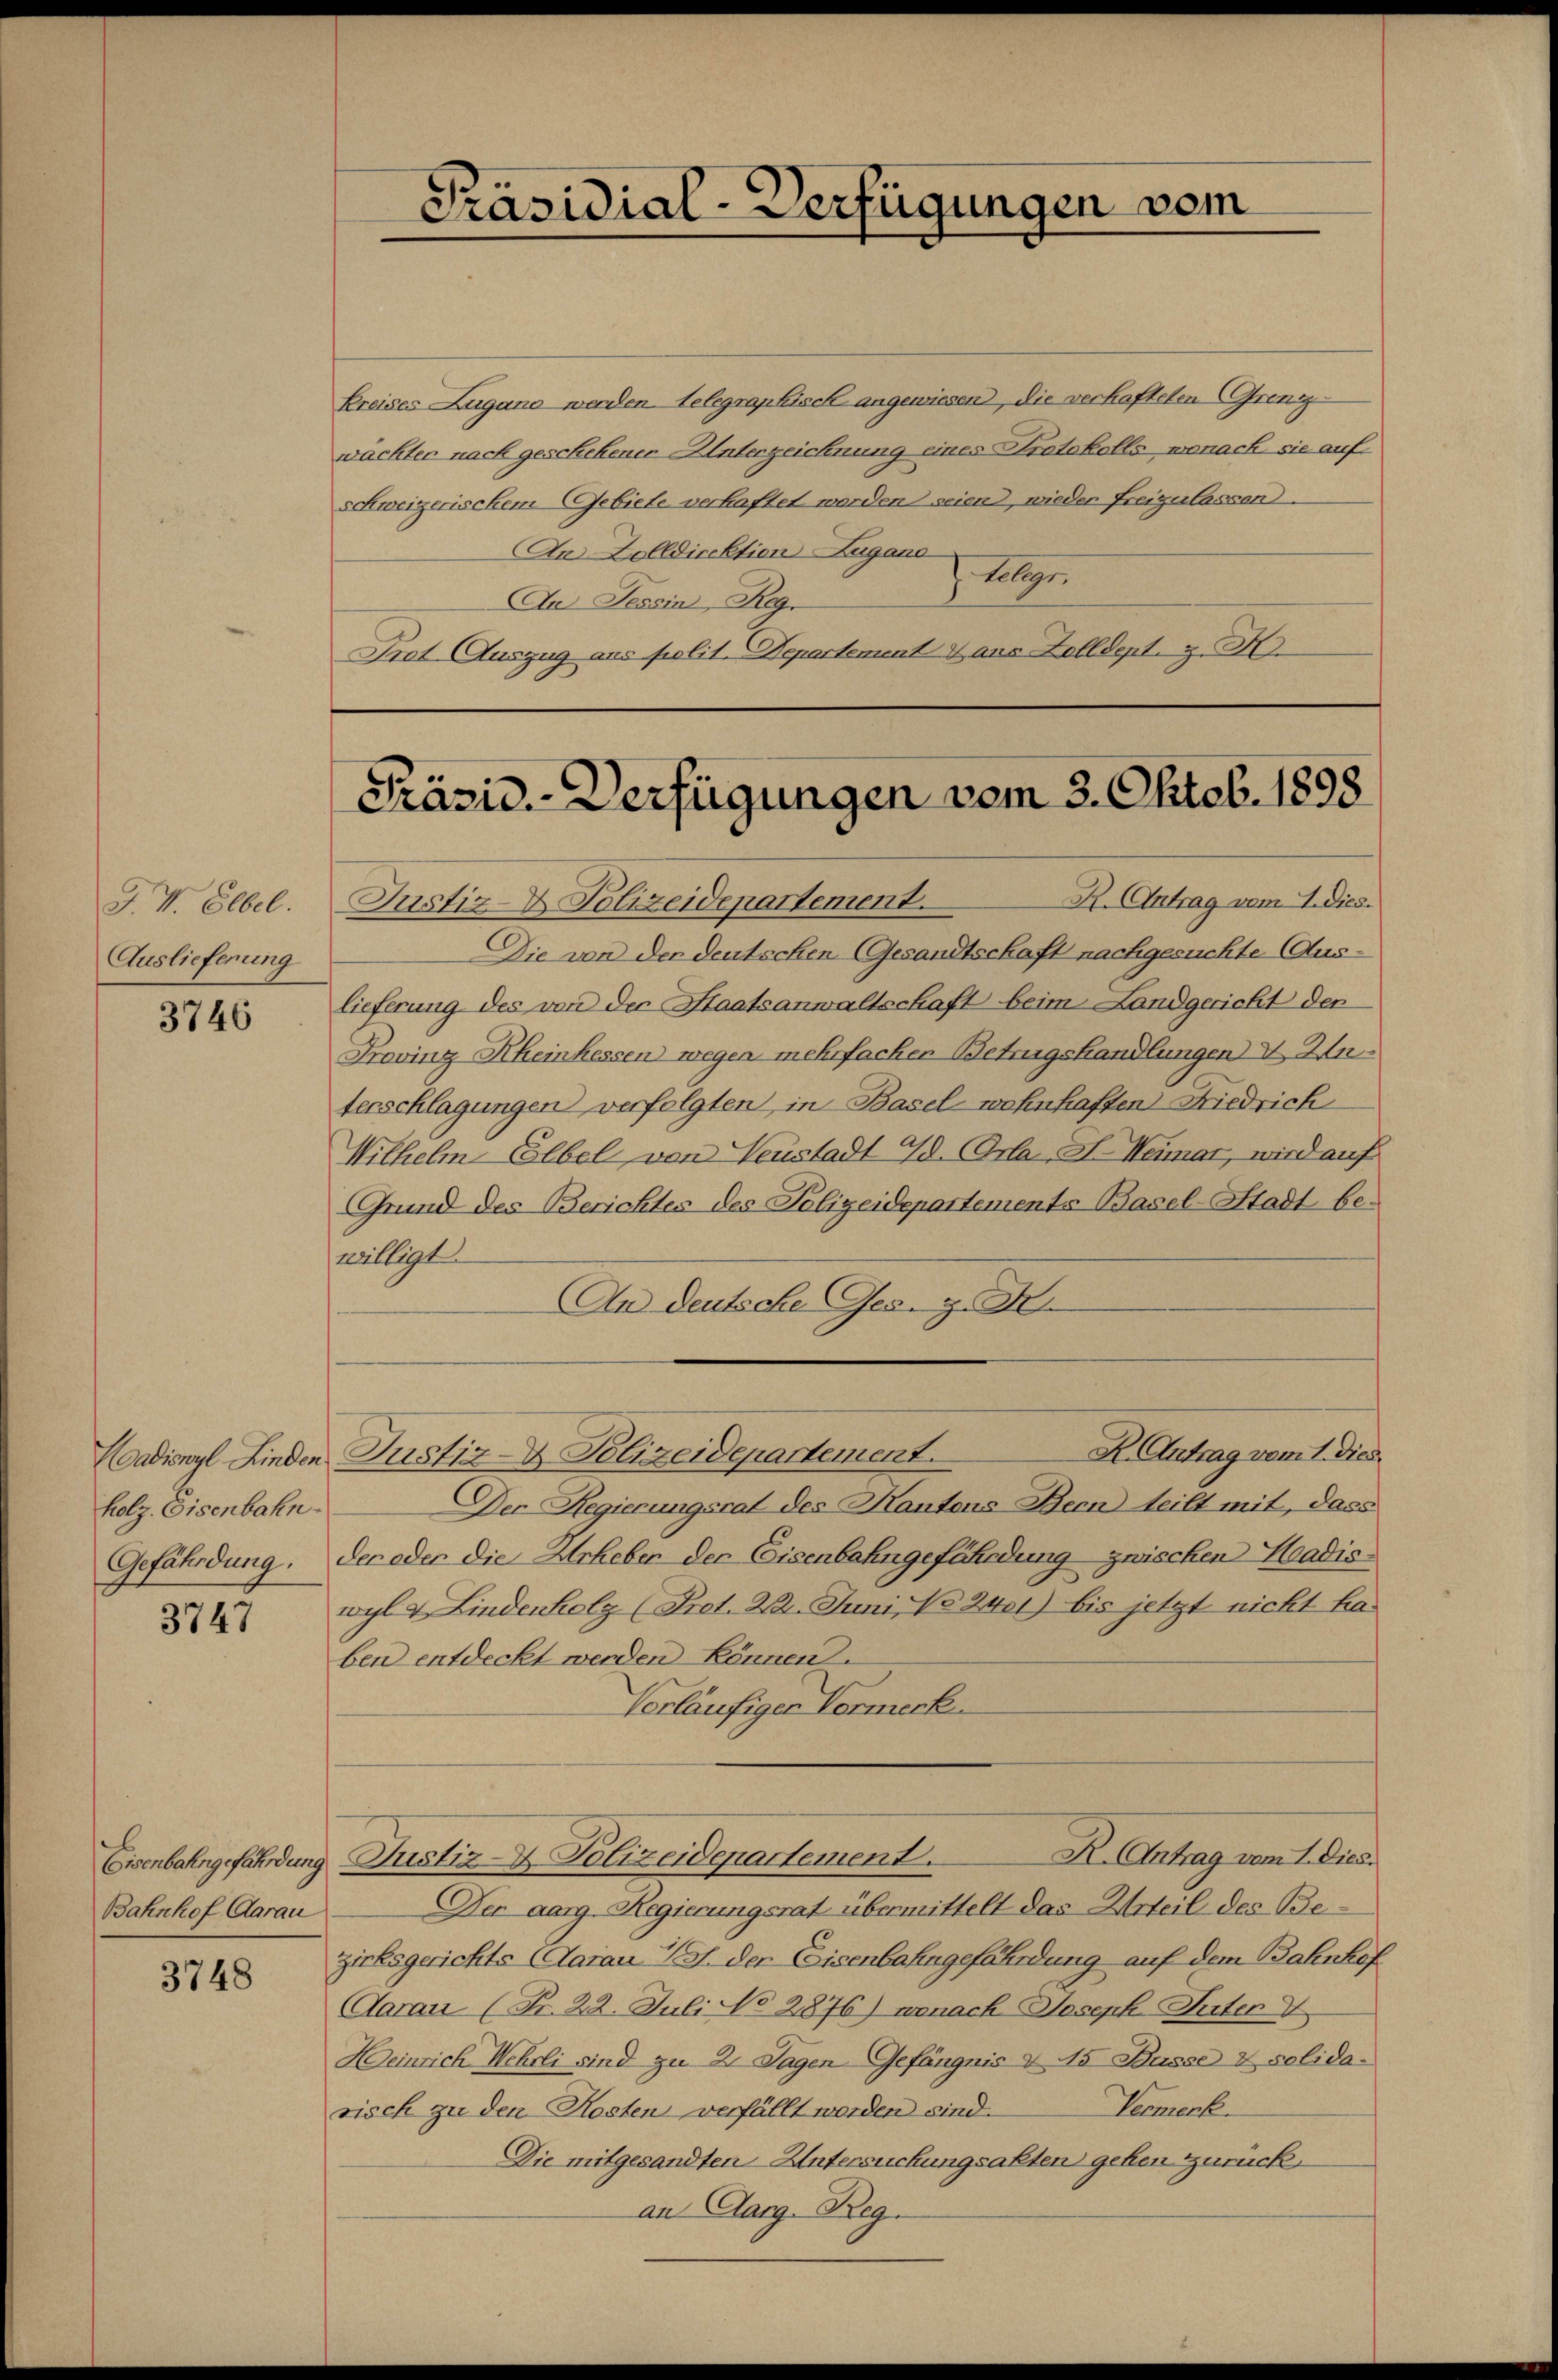
J. V. Elbel.
Auslieferung

3746

holz. Eisenbahn
Gefährdung.

3747

Eisenbahngefährdung
Bahnhof Aarau

3748

Kreises Zugano werden telegraphisch angewiesend, die verhafteten Grenz-
wächter nach geschekener Unterzeichnung eines Protokolls, wonach sie auf
schweizerischem Gebiete verhaftet werden seien, wieder freizulassen.
De Zolldiektion Lugane Gelegr.
An Tessin, Reg.
Trat Auszug aus polit. Departement & aus Zolldept. z. H

Präsidial-Verfügungen

R. Antrag vom 2. Dies.
Justiz- & Polizeidepartement.
Die von der deutschen (Gesandtschaft nachgesuchte (Aus-
lieferung des von der Staatsanwaltschaft beim Landgericht den
Provinz Rheinkessen wegen mehrfachen Betrugshandlungen & An
terschlagungen verfolgten in Basel wohnhaften Friedrich
Wilhelm Elbel von Neustadt Ed. (Gra, A. Weimar, wird auf
Grund des Berichtes des Polizeidepartements Basel-Stadt bewilligt.
An Deutsche Ges. z. B.
Aadionyl Linden Justiz- & Polizeidepartement.
Der Regierungsrat des Kantons Bern teilt mit, dass
der oder die Urheben der Eisenbahngefährdung zwischen Hradiswyl & Lindenholz (Prot. 22. Juni 182401) bis jetzt nicht haben entdeckt werden können.
Vorläufiger Vormerk
R. Antrag vom 1. Dies.
Justiz & Polizeidepartement.
Der aarg. Regierungsrat übermittelt das Urteil des Bezirksgerichte Aarau I S. der Eisenbahngefährdung auf dem Bahnhof
Aarau (Fr. 22. Juli No 2876) wonach Joseph Peten V
Heinrich Wehrli sind zu 2. Tagen Gefängnis v 45 Busse & solida-
Vermerk.
risch zu den Kosten verfällt worden sind.
Die mitgesandten Untersuchungsakten gehen zurück
an Aarg. Reg.

vom

Präsid.-Verfügungen vom 3. Oktob. 1898.

R. Antrag vom 1. Dies